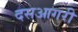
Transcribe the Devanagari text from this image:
दसआगरी